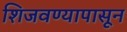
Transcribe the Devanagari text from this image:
शिजवण्यापासून